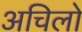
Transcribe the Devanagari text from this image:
अचिलो